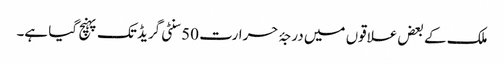
ملک کے بعض علاقوں میں درجۂ حرارت 50 سنٹی گریڈ تک پہنچ گیا ہے۔